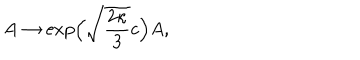
A \to \exp \! \Big ( \sqrt { \frac { 2 \kappa } { 3 } } c \Big ) A ,